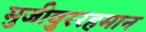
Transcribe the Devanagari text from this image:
मुजीवु्ररहमान